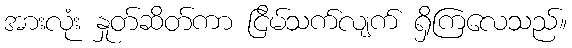
အားလုံး နှုတ်ဆိတ်ကာ ငြိမ်သက်လျက် ရှိကြလေသည်။